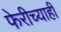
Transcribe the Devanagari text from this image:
फेरीच्याही